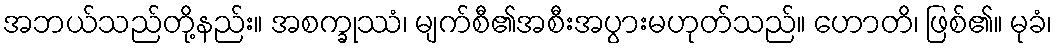
အဘယ်သည်တို့နည်း။ အစက္ခုဿံ၊ မျက်စီ၏အစီးအပွားမဟုတ်သည်။ ဟောတိ၊ ဖြစ်၏။ မုခံ၊